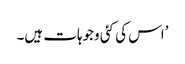
’اس کی کئی وجوہات ہیں۔